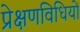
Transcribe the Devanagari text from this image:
प्रेक्षणविधियों